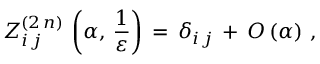
Z _ { i \, j } ^ { ( 2 \, n ) } \, \left( \alpha , \, \frac { 1 } { \varepsilon } \right) \, = \, \delta _ { i \, j } \, + \, { \cal { O } } \, ( \alpha ) \, \, ,